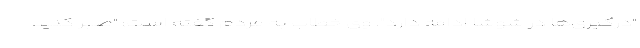
"درگیری‌ها در شوشا ادامه دارد". وی خطاب به مردم گفته است: "صبر کنید